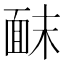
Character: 𫖀